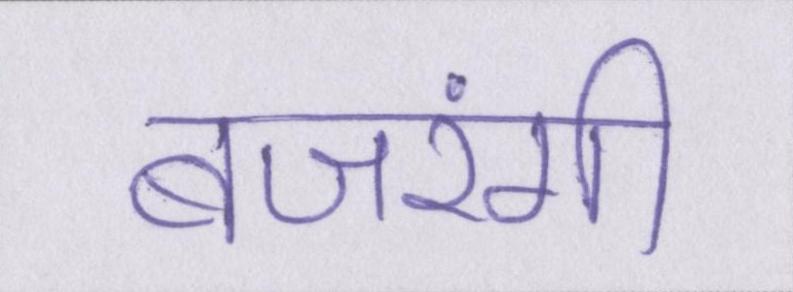
बजरंगी